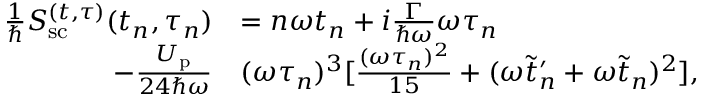
\begin{array} { r l } { \frac { 1 } { \hbar } S _ { \mathrm { s c } } ^ { ( t , \tau ) } ( t _ { n } , \tau _ { n } ) } & { = n \omega t _ { n } + i \frac { \Gamma } { \hbar \omega } \omega \tau _ { n } } \\ { - \frac { U _ { \mathrm { p } } } { 2 4 \hbar \omega } } & { ( \omega \tau _ { n } ) ^ { 3 } [ \frac { ( \omega \tau _ { n } ) ^ { 2 } } { 1 5 } + ( \omega \tilde { t } _ { n } ^ { \prime } + \omega \tilde { t } _ { n } ) ^ { 2 } ] , } \end{array}